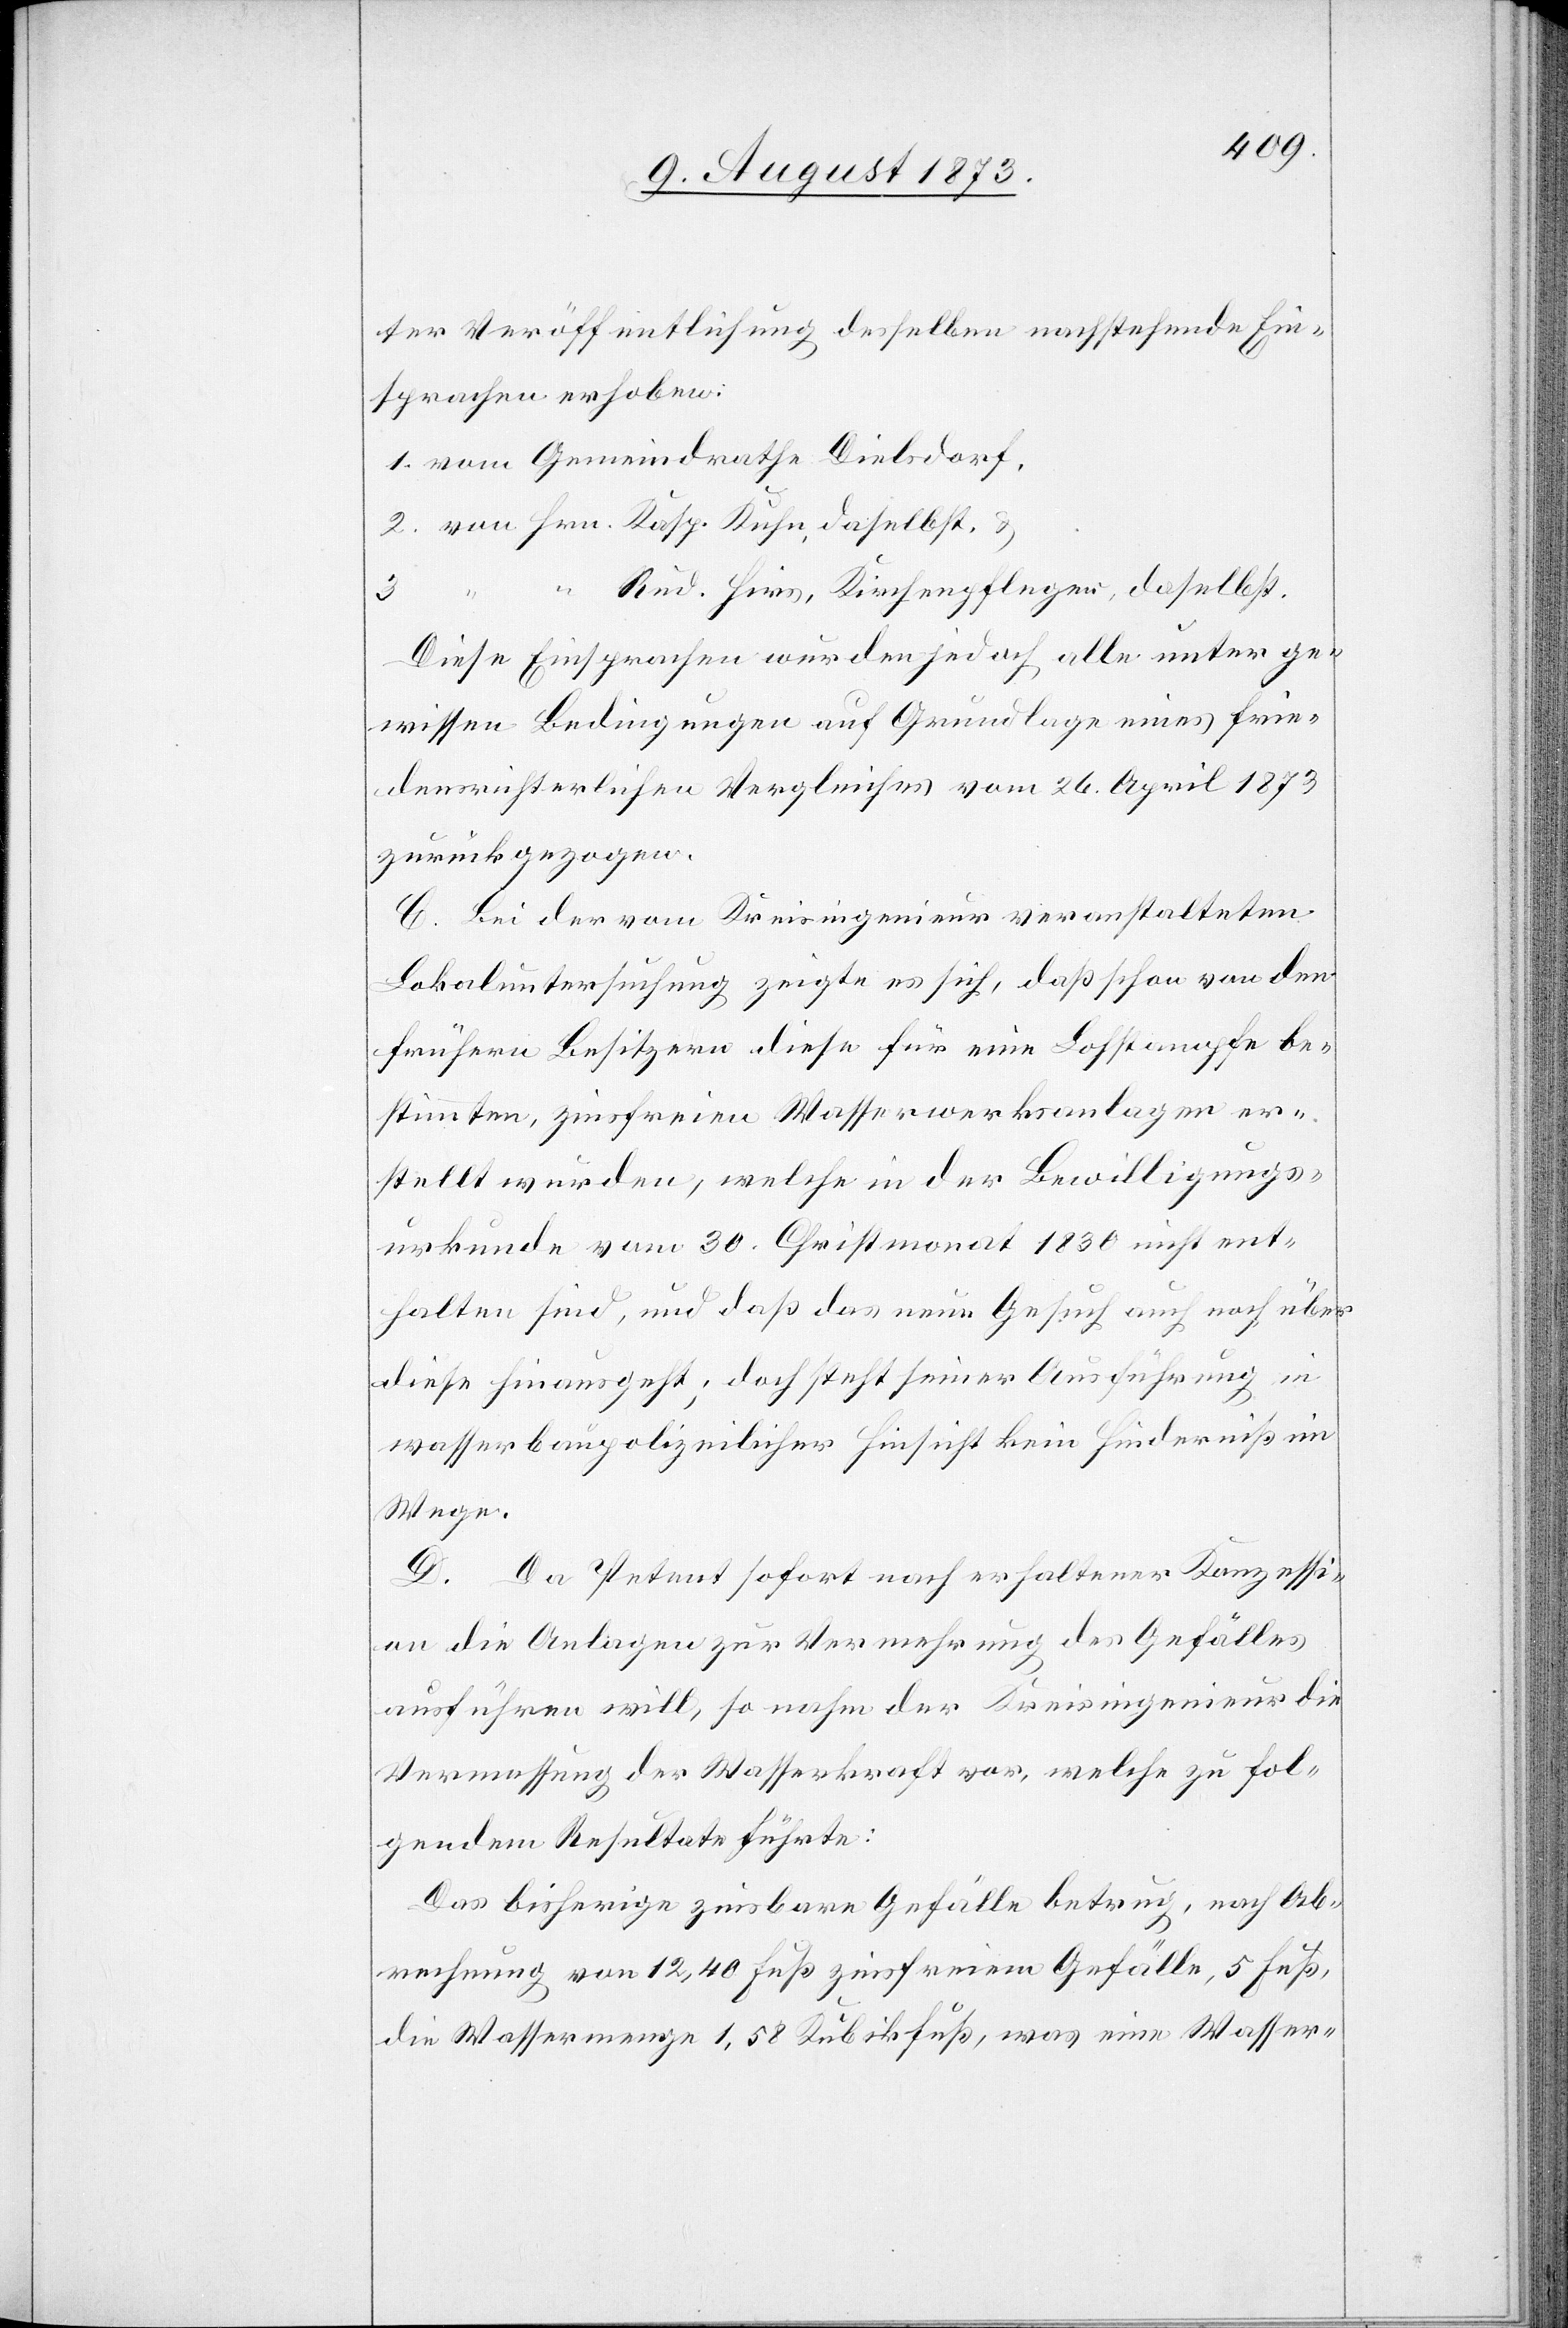
ter Veröffentlichung desselben nachstehende Ein¬
sprachen erhoben:
Rud. Hirs, Kirchenpfleger, daselbst.
daselbst, &
3.
Diese Einsprachen wurden jedoch alle unter ge¬
wissen Bedingungen auf Grundlage eines frie¬
densrichterlichen Vergleiches vom 26. April 1873
zurückgezogen.
C. Bei der vom Kreisingenieur veranstalteten
Lokaluntersuchung zeigte es sich, daß schon von den
frühern Besitzern diese für eine Lohstampfe be¬
stimmten, zinsfreien Wasserwerksanlagen er¬
stellt wurden, welche in der Bewilligungs¬
urkunde vom 30. Christmonat 1830 nicht ent¬
halten sind, und daß das neue Gesuch auch noch über
diese hinausgeht; doch steht seiner Ausführung in
wasserbaupolizeilicher Hinsicht kein Hinderniß im
Wege.
D. Da Petent sofort nach erhaltener Konzessi¬
on die Anlagen zur Vermehrung des Gefälles
ausführen will, so nahm der Kreisingenieur die
Vermessung der Wasserkraft vor, welche zu fol¬
gendem Resultate führte:
Das bisherige zinsbare Gefälle betrug, nach Ab¬
rechnung von 12,40 Fuß zinsfreiem Gefälle, 5 Fuß,
die Wassermenge 1,58 Kubikfuß, was eine Wasser-